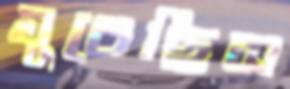
ঘুচেছিস